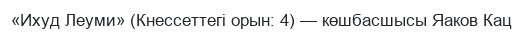
«Ихуд Леуми» (Кнессеттегі орын: 4) — көшбасшысы Яаков Кац